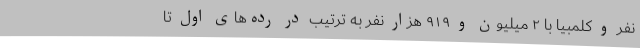
نفر و کلمبیا با ۲ میلیون و ۹۱۹ هزار نفر به ترتیب در رده‌های اول تا